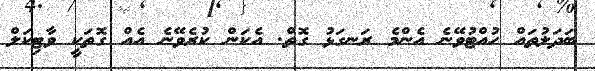
ބަދަލުތައް ހުއްޓުވޭނެ އެންމެ ރަނގަޅު ގޮތް. އެކަން ކުރެވޭނެ އެއް ގޮތަކީ ވާޓިކަލް